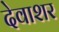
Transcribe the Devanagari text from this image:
देवाशर